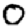
Digit: 0